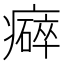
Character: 𤻒